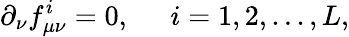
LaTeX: \partial_{\nu}f_{\mu\nu}^{i}=0,\; \; \; \; \; i=1,2,...,L,